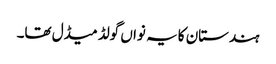
ہندستان کا یہ نواں گولڈ میڈل تھا۔